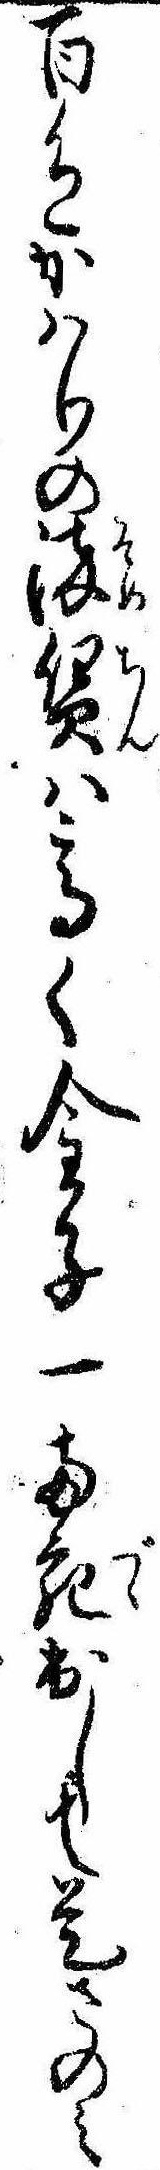
百色かはりの染賃は高く金子一両宛出して是さのみ